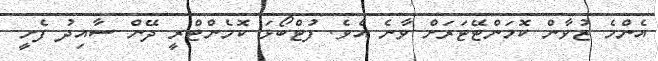
އެންމެ ޒުވާން ކޮމަންޓޭޓަރަށް ވާނެ އެވެ. ފުޓްބޯޅަ ކޮމެންޓްރީ ދޭން ސާއިދު ފެށީ